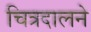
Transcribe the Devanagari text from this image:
चित्रदालने